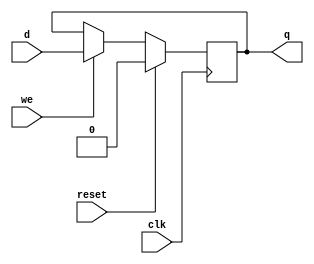
module flop_e
		#(parameter Bits=1)
		(
		input clk,
		input reset,
		input we,
		input [Bits-1:0] d,
		output reg [Bits-1:0] q
		);

always @(posedge clk)begin
	if (reset)
		begin
			q <= 0;
		end
	else
		begin
			if(we)
				q <= d;
		end
end

endmodule